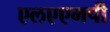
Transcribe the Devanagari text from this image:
एलएएमपी